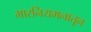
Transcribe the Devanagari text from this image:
भारनियमनातून